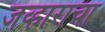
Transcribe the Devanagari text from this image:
जव्हाराचा